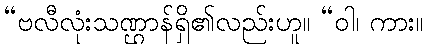
“ဗလီလုံးသဏ္ဌာန်ရှိ၏လည်းဟူ။ “ဝါ၊ ကား။